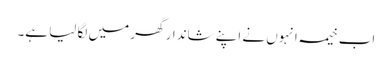
اب خیمہ انہوں نے اپنے شاندار گھر میں لگا لیا ہے۔